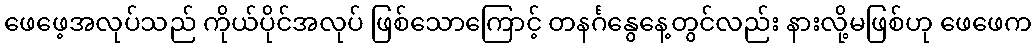
ဖေဖေ့အလုပ်သည် ကိုယ်ပိုင်အလုပ် ဖြစ်သောကြောင့် တနင်္ဂနွေနေ့တွင်လည်း နားလို့မဖြစ်ဟု ဖေဖေက